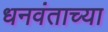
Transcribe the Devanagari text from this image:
धनवंताच्या